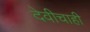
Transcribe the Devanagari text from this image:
देवीचाही